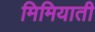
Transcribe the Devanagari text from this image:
मिमियाती